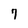
Character: 7